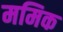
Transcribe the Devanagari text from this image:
ममिक